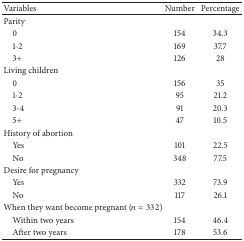
| Variables | Number | Percentage |
 | --- | --- | --- |
 | Parity |  |  |
 | 0 | 154 | 34.3 |
 | 1-2 | 169 | 37.7 |
 | 3+ | 126 | 28 |
 | Living children |  |  |
 | 0 | 156 | 35 |
 | 1-2 | 95 | 21.2 |
 | 3-4 | 91 | 20.3 |
 | 5+ | 47 | 10.5 |
 | History of abortion |  |  |
 | Yes | 101 | 22.5 |
 | No | 348 | 77.5 |
 | Desire for pregnancy |  |  |
 | Yes | 332 | 73.9 |
 | No | 117 | 26.1 |
 | When they want become pregnant (n = 332) |  |  |
 | Within two years | 154 | 46.4 |
 | After two years | 178 | 53.6 |